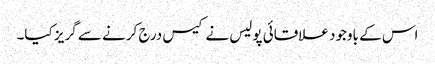
اس کے باوجود علاقائی پولیس نے کیس درج کرنے سے گریز کیا۔